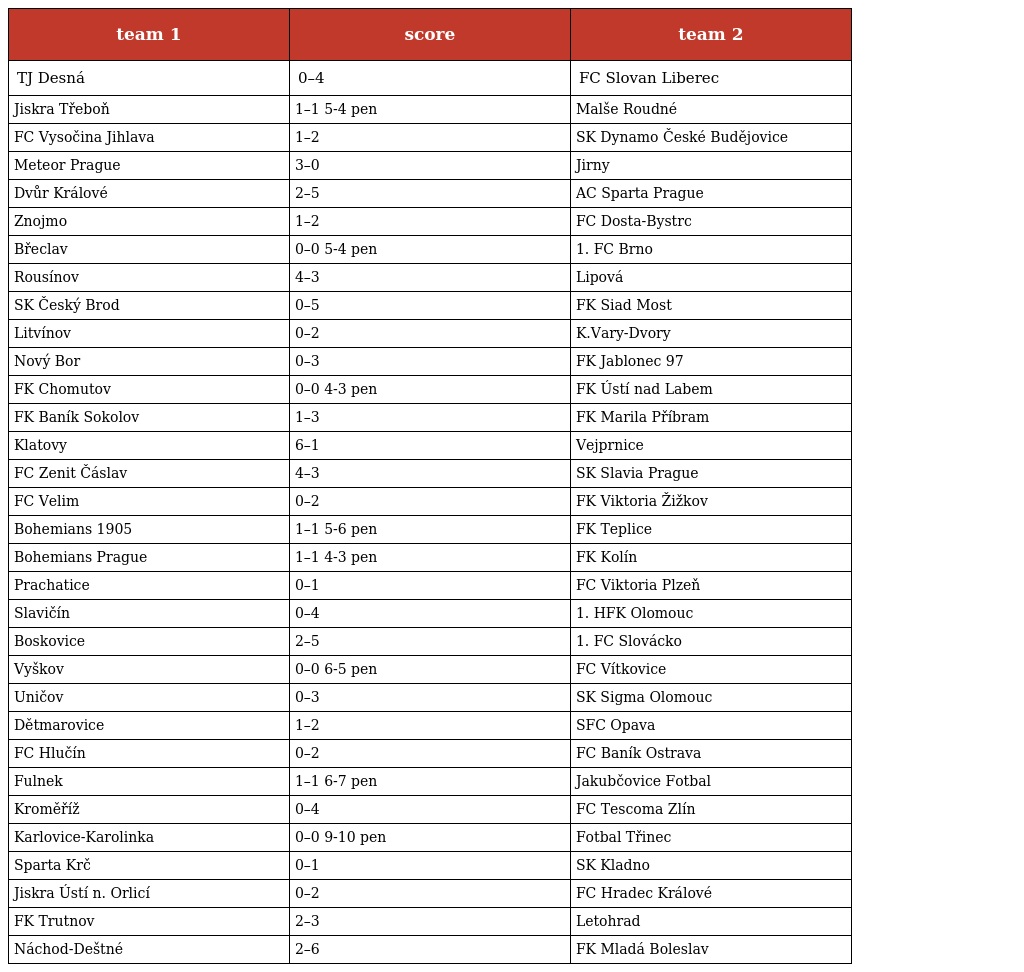
| team 1 | score | team 2 |
 | --- | --- | --- |
 | TJ Desná | 0–4 | FC Slovan Liberec |
 | Jiskra Třeboň | 1–1 5-4 pen | Malše Roudné |
 | FC Vysočina Jihlava | 1–2 | SK Dynamo České Budějovice |
 | Meteor Prague | 3–0 | Jirny |
 | Dvůr Králové | 2–5 | AC Sparta Prague |
 | Znojmo | 1–2 | FC Dosta-Bystrc |
 | Břeclav | 0–0 5-4 pen | 1. FC Brno |
 | Rousínov | 4–3 | Lipová |
 | SK Český Brod | 0–5 | FK Siad Most |
 | Litvínov | 0–2 | K.Vary-Dvory |
 | Nový Bor | 0–3 | FK Jablonec 97 |
 | FK Chomutov | 0–0 4-3 pen | FK Ústí nad Labem |
 | FK Baník Sokolov | 1–3 | FK Marila Příbram |
 | Klatovy | 6–1 | Vejprnice |
 | FC Zenit Čáslav | 4–3 | SK Slavia Prague |
 | FC Velim | 0–2 | FK Viktoria Žižkov |
 | Bohemians 1905 | 1–1 5-6 pen | FK Teplice |
 | Bohemians Prague | 1–1 4-3 pen | FK Kolín |
 | Prachatice | 0–1 | FC Viktoria Plzeň |
 | Slavičín | 0–4 | 1. HFK Olomouc |
 | Boskovice | 2–5 | 1. FC Slovácko |
 | Vyškov | 0–0 6-5 pen | FC Vítkovice |
 | Uničov | 0–3 | SK Sigma Olomouc |
 | Dětmarovice | 1–2 | SFC Opava |
 | FC Hlučín | 0–2 | FC Baník Ostrava |
 | Fulnek | 1–1 6-7 pen | Jakubčovice Fotbal |
 | Kroměříž | 0–4 | FC Tescoma Zlín |
 | Karlovice-Karolinka | 0–0 9-10 pen | Fotbal Třinec |
 | Sparta Krč | 0–1 | SK Kladno |
 | Jiskra Ústí n. Orlicí | 0–2 | FC Hradec Králové |
 | FK Trutnov | 2–3 | Letohrad |
 | Náchod-Deštné | 2–6 | FK Mladá Boleslav |